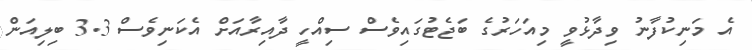
އެ މަނިކުފާނު ވިދާޅުވީ މިއަހަރުގެ ބަޖެޓުގައިވެސް ސިއްހީ ދާއިރާއަށް އެކަނިވެސް 3.3 ބިލިއަން